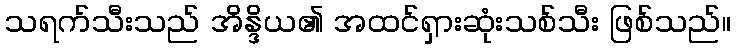
သရက်သီးသည် အိန္ဒိယ၏ အထင်ရှားဆုံးသစ်သီး ဖြစ်သည်။